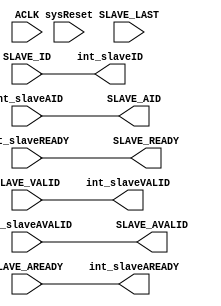
///////////////////////////////////////////////////////////////////////////////////////////////////
// Company: MICROSEMI
//
// IP Core: COREAXI4INTERCONNECT
//
//  Description  : The AMBA AXI4 Interconnect core connects one or more AXI memory-mapped master devices to one or
//                 more memory-mapped slave devices. The AMBA AXI protocol supports high-performance, high-frequency
//                 system designs.
//
//  COPYRIGHT 2017 BY MICROSEMI 
//  THE INFORMATION CONTAINED IN THIS DOCUMENT IS SUBJECT TO LICENSING RESTRICTIONS 
//  FROM MICROSEMI CORP.  IF YOU ARE NOT IN POSSESSION OF WRITTEN AUTHORIZATION FROM 
//  MICROSEMI FOR USE OF THIS FILE, THEN THE FILE SHOULD BE IMMEDIATELY DESTROYED AND 
//  NO BACK-UP OF THE FILE SHOULD BE MADE. 
//
//
/////////////////////////////////////////////////////////////////////////////////////////////////// 

module caxi4interconnect_SlvAxi4ProtConvAXI4ID #
       
	(	
		parameter [0:0] 	ZERO_SLAVE_ID	  	    = 1'b1,	// zero ID field		
		parameter integer 	ID_WIDTH   				= 1,		// number of bits for ID (ie AID, WID, BID) - valid 1-8 
		parameter integer 	SLV_AXI4PRT_ADDRDEPTH	= 8,		// Number transations width - 1 => 2 transations, 2 => 4 transations, etc.
		parameter           READ_INTERLEAVE         = 1
	)
	(

	//=====================================  Global Signals   ========================================================================
	input  wire           			ACLK,
	input  wire          			sysReset,
	
	// External side
	//Slave Read Address Ports
	output wire [ID_WIDTH-1:0]      SLAVE_AID,
	output wire         			SLAVE_AVALID,

	input wire             			SLAVE_AREADY,


	// Slave Read Data Ports
	input wire [ID_WIDTH-1:0]  		SLAVE_ID,	
	
	output wire               		SLAVE_READY,
  	input wire                 		SLAVE_VALID,
	input wire                 		SLAVE_LAST,

	// Slave Read Address Ports	
	input  wire [ID_WIDTH-1:0]  	int_slaveAID,

	input wire                		int_slaveAVALID,
	output wire                		int_slaveAREADY,
	
	// Slave Read Data Ports	
	output wire [ID_WIDTH-1:0]  	int_slaveID,
	output wire                 	int_slaveVALID,
	input wire                 		int_slaveREADY
	
	);


       wire fifoEmpty;
       wire fifoFull;
       wire fifoNearlyFull;
       wire [ID_WIDTH-1:0] IDFifoOut;
       wire fifoWr;
       wire fifoRd;


        generate
          if (READ_INTERLEAVE == 0 && ZERO_SLAVE_ID == 1) begin
  
            caxi4interconnect_FIFO #
	        (
		    .MEM_DEPTH( 2**SLV_AXI4PRT_ADDRDEPTH ),
		    .DATA_WIDTH_IN ( ID_WIDTH ),
		    .DATA_WIDTH_OUT ( ID_WIDTH ), 
		    .NEARLY_FULL_THRESH ( (2**SLV_AXI4PRT_ADDRDEPTH) - 1 ),
		    .NEARLY_EMPTY_THRESH ( 0 )
	        )
            rdata_interleave_fifo (
	        .rst (sysReset ),
	        .clk ( ACLK ),
	        .wr_en ( fifoWr ),
	        .rd_en ( fifoRd ),
	        .data_in ( int_slaveAID ),
	        .data_out ( IDFifoOut ),
	        .zero_data ( 1'b0 ),
	        .fifo_full ( fifoFull ),
	        .fifo_empty ( fifoEmpty ),
	        .fifo_nearly_full ( fifoNearlyFull ),
	        .fifo_nearly_empty ( ),
	        .fifo_one_from_full ( )
            );
			
            assign fifoWr = int_slaveAREADY & int_slaveAVALID;
            assign fifoRd = SLAVE_READY & SLAVE_VALID & SLAVE_LAST;
	        assign SLAVE_READY = ~fifoEmpty & int_slaveREADY;
  	        assign SLAVE_AID = 0;
            assign int_slaveID = IDFifoOut;
            assign int_slaveAREADY = ~fifoNearlyFull & SLAVE_AREADY;
            assign SLAVE_AVALID = int_slaveAVALID & ~fifoNearlyFull;
	        assign int_slaveVALID = SLAVE_VALID & ~fifoEmpty;	
          end else begin
	        assign int_slaveAREADY = SLAVE_AREADY;	
  	        assign SLAVE_AID = int_slaveAID;
	        assign int_slaveID = SLAVE_ID;
	        assign SLAVE_READY = int_slaveREADY;
	        assign SLAVE_AVALID = int_slaveAVALID;
	        assign int_slaveVALID = SLAVE_VALID;	
          end
        endgenerate		
endmodule